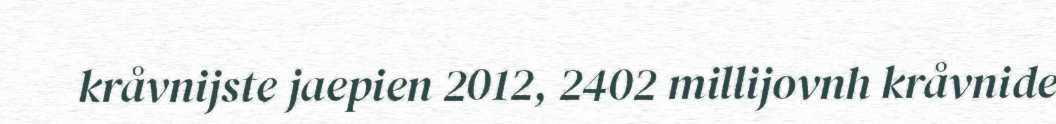
kråvnijste jaepien 2012, 2402 millijovnh kråvnide